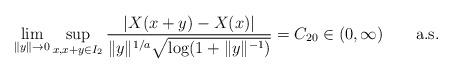
LaTeX: \begin{align*} \lim_{\|y\|\to0} \sup_{x,x+y\in I_2}\frac{|X(x+y)-X(x)|} {\|y\|^{1/a}\sqrt{\log(1+\|y\|^{-1})}}=C_{20}\in(0, \infty) \qquad\mbox{a.s.}\end{align*}